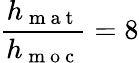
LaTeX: \frac{h_{\mathrm{~m~a~t~}}}{h_{\mathrm{~m~o~c~}}}=8